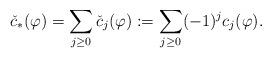
LaTeX: \begin{align*} \check{c}_{*}(\varphi)=\sum_{j \geq 0} \check{c}_j(\varphi):= \sum_{j \geq 0} (-1)^j {c}_j(\varphi).\end{align*}